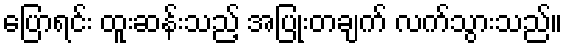
ပြောရင်း ထူးဆန်းသည့် အပြုံးတချက် လက်သွားသည်။